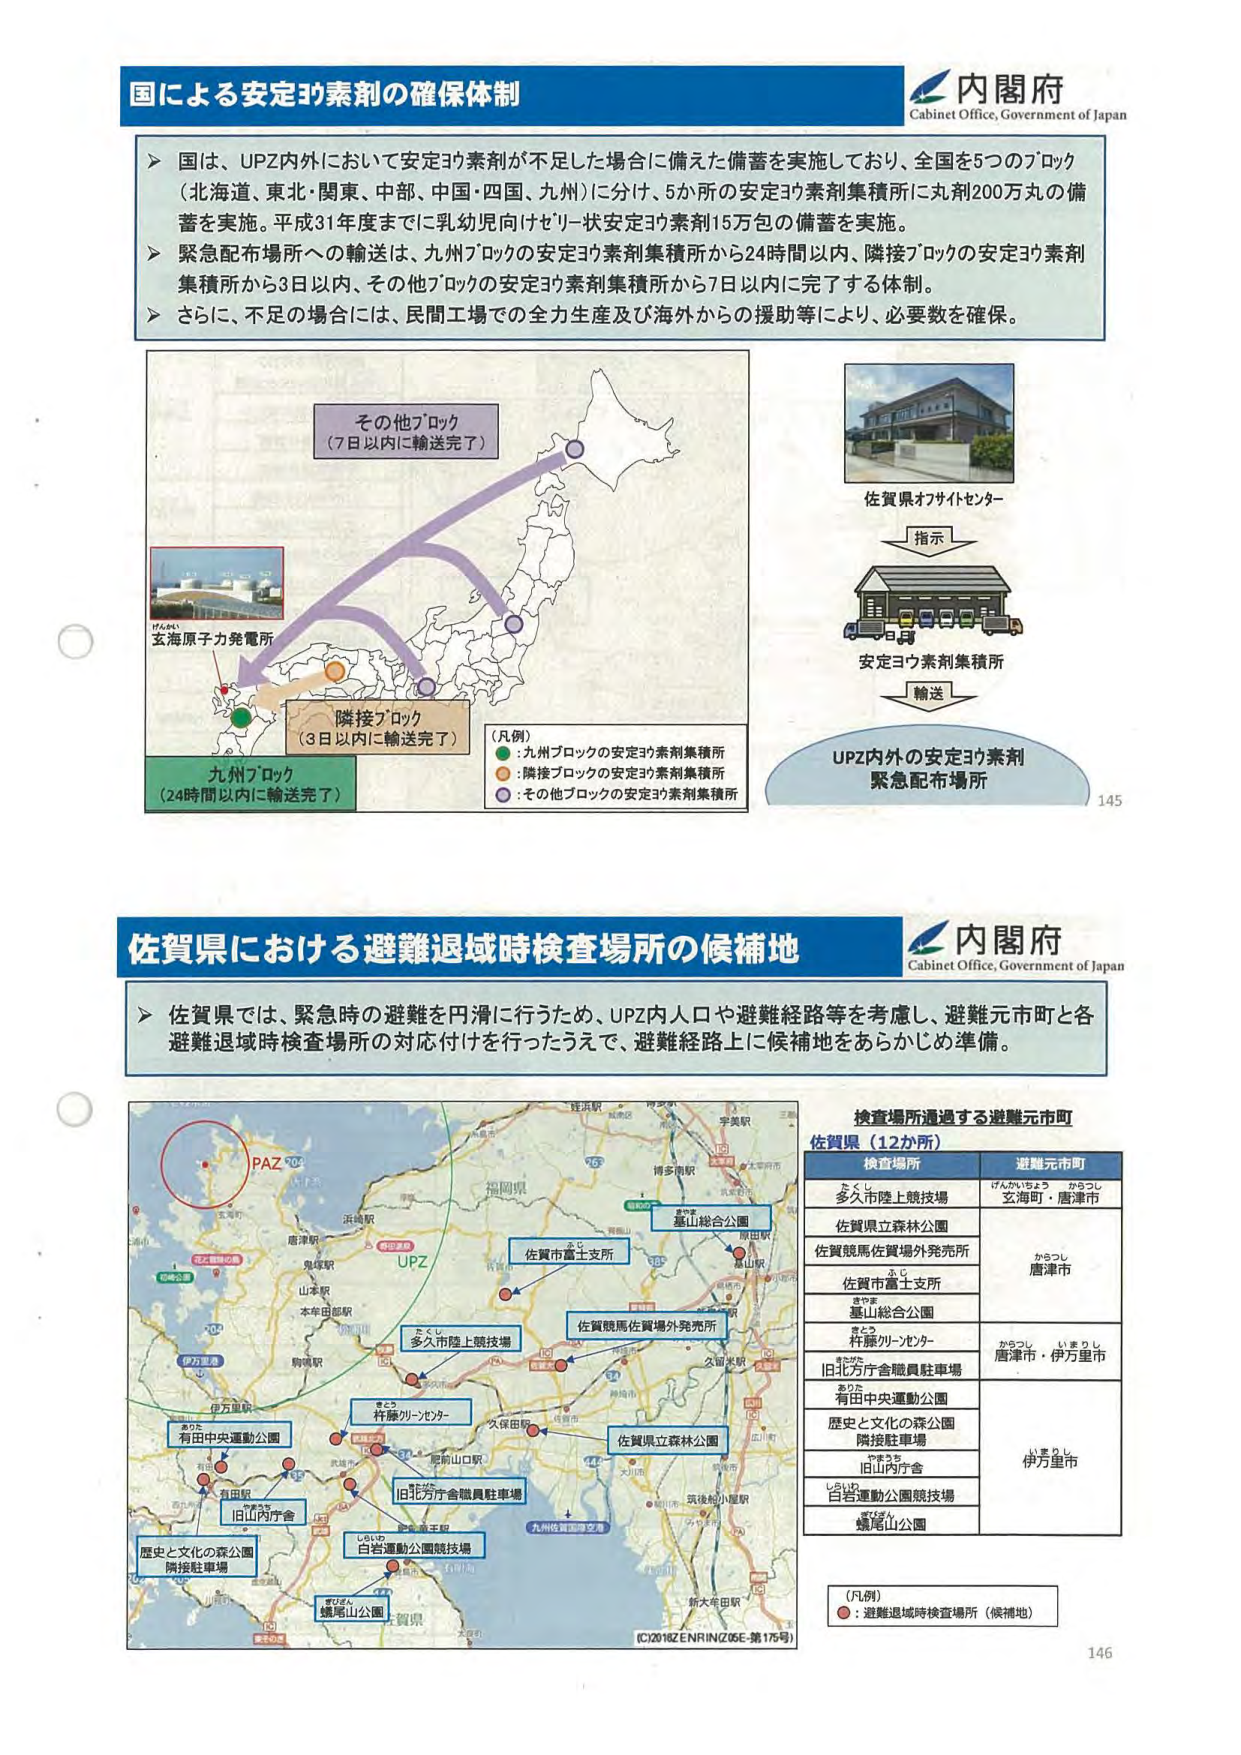
国による安定ヨウ素剤の確保体制

内閣府
Cabinet Office, Government of Japan

▶ 国は、UPZ内外において安定ヨウ素剤が不足した場合に備えた備蓄を実施しており、全国を5つのブロック（北海道、東北・関東、中部、中国・四国、九州）に分け、5か所の安定ヨウ素剤集積所に丸剤200万丸の備蓄を実施。平成31年度までは乳幼児向けケリー状安定ヨウ素剤15万包の備蓄を実施。
▶ 緊急配布場所への輸送は、九州ブロックの安定ヨウ素剤集積所から24時間以内、隣接ブロックの安定ヨウ素剤集積所から3日以内、その他ブロックの安定ヨウ素剤集積所から7日以内に完了する体制。
▶ さらに、不足の場合には、民間工場での全力生産及び海外からの援助等により、必要数を確保。

その他ブロック
（7日以内に輸送完了）

佐賀県オフサイトセンター

指示

安定ヨウ素剤集積所

輸送

UPZ内外の安定ヨウ素剤
緊急配布場所

（凡例）
●：九州ブロックの安定ヨウ素剤集積所
○：隣接ブロックの安定ヨウ素剤集積所
●：その他ブロックの安定ヨウ素剤集積所

玄海原子力発電所

隣接ブロック
（3日以内に輸送完了）

九州ブロック
（24時間以内に輸送完了）

145

佐賀県における避難退域時検査場所の候補地

内閣府
Cabinet Office, Government of Japan

▶ 佐賀県では、緊急時の避難を円滑に行うため、UPZ内人口や避難経路等を考慮し、避難元市町と各避難退域時検査場所の対応付けを行ったうえで、避難経路上に候補地をあらかじめ準備。

検査場所通過する避難元市町
佐賀県（12か所）

検査場所
多久市陸上競技場
佐賀県立森林公園
佐賀競馬佐賀場外発売所
佐賀市富士支所
基山総合公園
杵藤リゾートセンター
旧北九州市舎職員駐車場
有田中央運動公園
歴史と文化の森公園
隣接駐車場
旧山内庁舎
白石運動公園競技場
螺尾山公園

避難元市町
玄海町・唐津市
唐津市
唐津市・伊万里市
伊万里市

（凡例）
●：避難退域時検査場所（候補地）

PAZ
UPZ
佐賀市富士支所
多久市陸上競技場
佐賀競馬佐賀場外発売所
杵藤リゾートセンター
旧北九州市舎職員駐車場
有田中央運動公園
歴史と文化の森公園
隣接駐車場
旧山内庁舎
白石運動公園競技場
螺尾山公園
基山総合公園
佐賀県立森林公園

IC2018ZENRIN(Z05E-第175号)

146